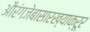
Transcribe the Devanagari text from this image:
औरंगजेबासारख्याक्रूर